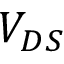
V _ { D S }